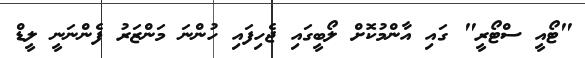
"ޓޯއީ ސްޓޯރީ" ގައި އާންމުކޮށް ލޯބީގައި ޖެހިފައި ހުންނަ މަންޒަރު ފެންނަނީ ލީޑް